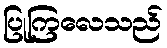
ပြုကြလေသည်